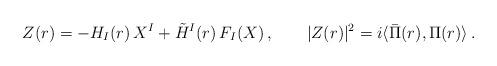
LaTeX: \begin{align*}Z(r)= - H_I(r)\, X^I + \tilde H^I(r)\, F_I(X)\,,\qquad \vert Z(r)\vert^2 = i \langle \bar \Pi(r) ,\Pi(r)\rangle \,. \end{align*}